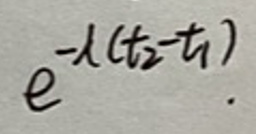
$e^{-\lambda(t_2 - t_1)}$